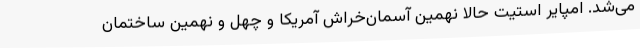
می‌شد. امپایر استیت حالا نهمین آسمان‌خراش آمریکا و چهل و نهمین ساختمان